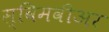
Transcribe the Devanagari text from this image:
स्विमवीअर